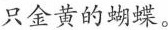
只金黄的蝴蝶。